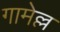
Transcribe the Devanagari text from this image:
गामेल्ल